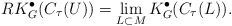
LaTeX: \begin{align*}RK^{\bullet}_{G}(C_{\tau}(U))=\lim_{L\subset M} K^{\bullet}_{G}(C_{\tau}(L)).\end{align*}